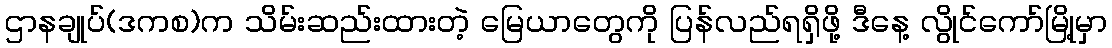
ဌာနချုပ်(ဒကစ)က သိမ်းဆည်းထားတဲ့ မြေယာတွေကို ပြန်လည်ရရှိဖို့ ဒီနေ့ လွိုင်ကော်မြို့မှာ